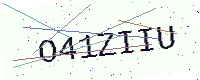
Text: O41ZIIU